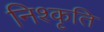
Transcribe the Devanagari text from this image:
निश्कृति